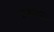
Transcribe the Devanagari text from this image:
ग्रंथसाहब